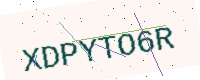
Text: XDPYTO6R